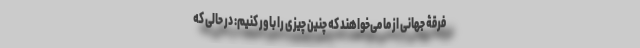
فرقۀ جهانی از ما می‌خواهند که چنین چیزی را باور کنیم: در حالی که